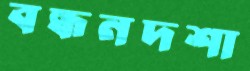
বন্ধনদশা